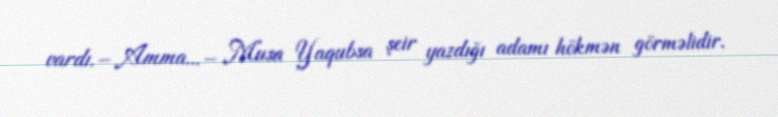
vardı.– Amma...– Musa Yaqubsa şeir yazdığı adamı hökmən görməlidir.